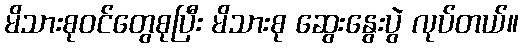
မိသားစုဝင်တွေစုပြီး မိသားစု ဆွေးနွေးပွဲ လုပ်တယ်။